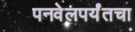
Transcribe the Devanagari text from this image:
पनवेलपर्यंतचा